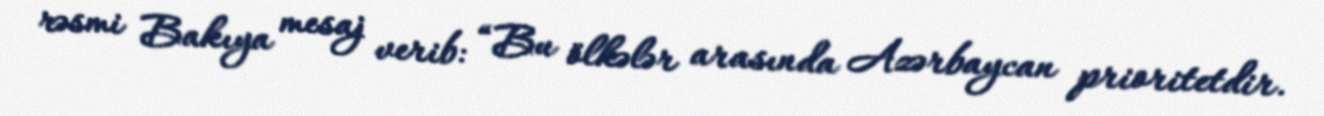
rəsmi Bakıya mesaj verib: “Bu ölkələr arasında Azərbaycan prioritetdir.